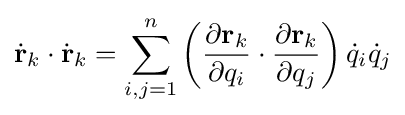
{\dot {\mathbf {r} }}_{k}\cdot {\dot {\mathbf {r} }}_{k}=\sum _{i,j=1}^{n}\left({\frac {\partial \mathbf {r} _{k}}{\partial q_{i}}}\cdot {\frac {\partial \mathbf {r} _{k}}{\partial q_{j}}}\right){\dot {q}}_{i}{\dot {q}}_{j}